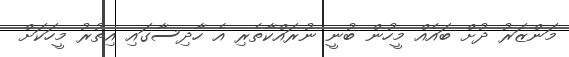
މަންޒަރު ދުށް ބައެއް މީހުން ބުނީ ނުރައްކާތެރި އެ ހާދިސާގައި އިތުރު މީހަކަށް